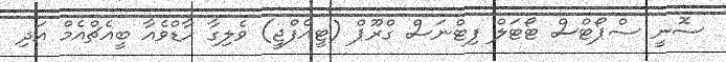
ސޮނީ ސްޕޯޓްސް ޓޯޓަލް ފިޓްނަސް ގްރޫޕް (ޓީއެފްޖީ) ވެލިގާ ހާޑްވެއާ ބީއެޗްއެމް އަދި